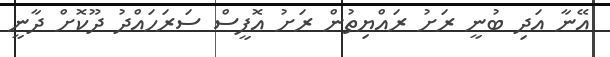
އޭނާ އަދި ބުނީ ރަށު ރައްޔިތުން ރަށު އޮފީސް ސަރަހައްދު ދޫކޮށް ދާނީ